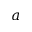
a